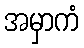
အမှာကံ